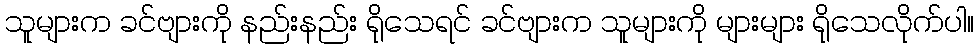
သူများက ခင်ဗျားကို နည်းနည်း ရိုသေရင် ခင်ဗျားက သူများကို များများ ရိုသေလိုက်ပါ။